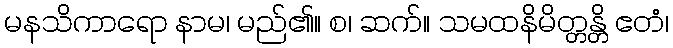
မနသိကာရော နာမ၊ မည်၏။ စ၊ ဆက်။ သမထနိမိတ္တန္တိ ဧတံ၊